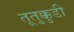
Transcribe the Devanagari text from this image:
तूतुक्कुडी